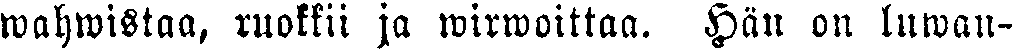
wahwistaa, ruokkii ja wirwoittaa. Hän on luwan-